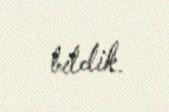
bildik.